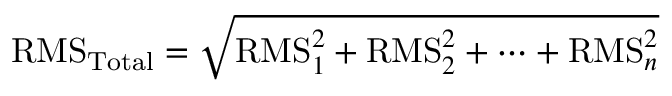
{ \mathrm { R M S } } _ { \mathrm { T o t a l } } = { \sqrt { { \mathrm { R M S } } _ { 1 } ^ { 2 } + { \mathrm { R M S } } _ { 2 } ^ { 2 } + \cdots + { \mathrm { R M S } } _ { n } ^ { 2 } } }